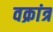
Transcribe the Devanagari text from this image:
वक्रांत्र